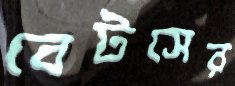
বেটসের